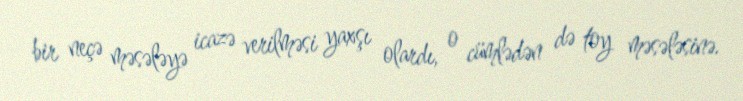
bir neçə məsələyə icazə verilməsi yaxşı olardı, o cümlədən də toy məsələsinə.